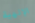
الإلهية